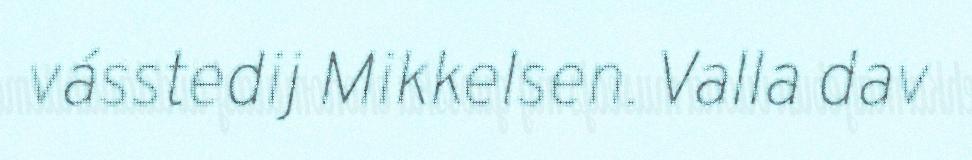
vásstedij Mikkelsen. Valla dav